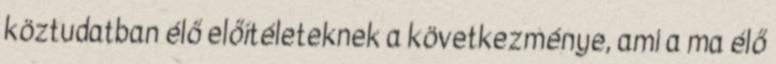
köztudatban élő előítéleteknek a következménye, ami a ma élő